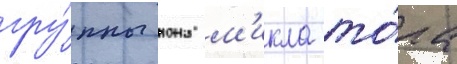
гру́ппы иона м'икла то́ра